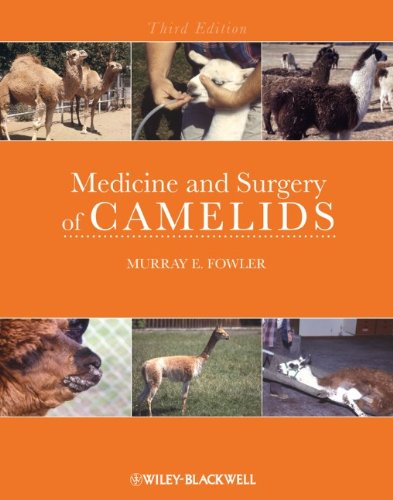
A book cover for Medicine and Surgery of Camelids; Murray E. Fowler; Medical Books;